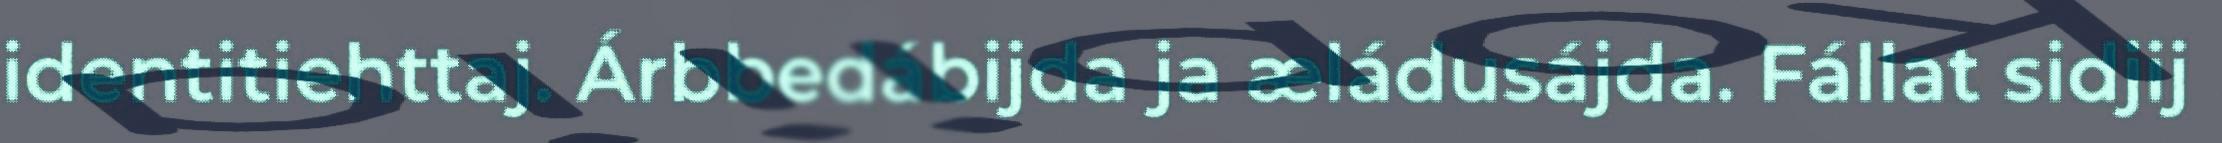
identitiehttaj. Árbbedábijda ja æládusájda. Fállat sidjij